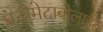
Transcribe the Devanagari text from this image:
एंटीमेटाबोलाईट